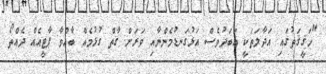
"ހަޤީޤަތުގައި އަދާލަތަކީ އަބަދުވެސް އަޅުގަނޑުމެންނާއި ވަރަށް ގާތް ގުޅުމެއް ބާއްވާ ޕާޓީއެއް ދެއްތޯ